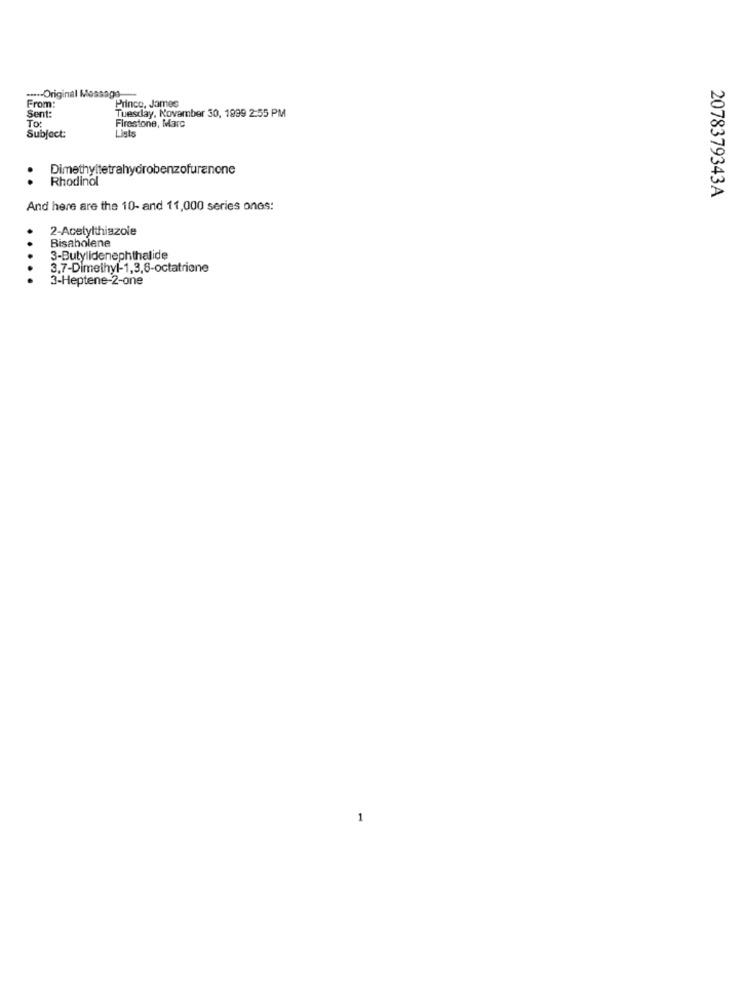
..... Original Mo
From:
Prince, James
Sent:
Tuesday, November 30, 1999 2:55 PM
To:
Firestone, Marc
Lists
Subject:
Dimethyltetrahydrobenzofuranone
Rhodinol
2078379343A
And here are the 10- and 11,000 series ones:
2-Acetylthiazole
Bisaholene
3-Butylidenephthalide
3.7-Dimethyl-1,3,8-octatrione
3-Heptene-2-one
1